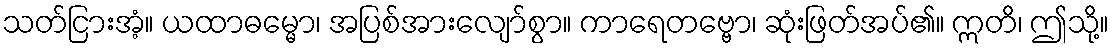
သတ်ငြားအံ့။ ယထာဓမ္မော၊ အပြစ်အားလျော်စွာ။ ကာရေတဗ္ဗော၊ ဆုံးဖြတ်အပ်၏။ ဣတိ၊ ဤသို့။